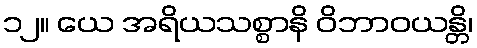
၁၂။ ယေ အရိယသစ္စာနိ ဝိဘာဝယန္တိ၊